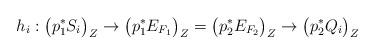
LaTeX: \begin{align*}h_i: \bigl(p_1^*S_i\bigr)_Z \to \bigl(p_1^*E_{F_1}\bigr)_{Z}=\bigl(p_2^*E_{F_2}\bigr)_{Z} \to \bigl(p_2^*Q_i\bigr)_Z\end{align*}